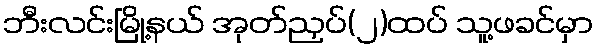
ဘီးလင်းမြို့နယ် အုတ်ညှပ်(၂)ထပ် သူ့ဖခင်မှာ